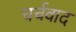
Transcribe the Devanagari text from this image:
चर्चवाद